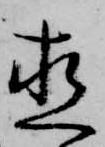
直